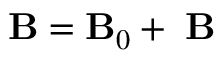
{ \bf B } = { \bf B } _ { 0 } + { \bf \delta B }